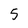
Character: 5